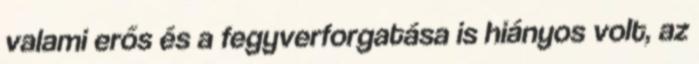
valami erős és a fegyverforgatása is hiányos volt, az